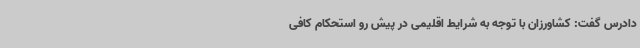
دادرس گفت: کشاورزان با توجه به شرایط اقلیمی در پیش رو استحکام کافی